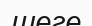
шеге